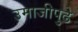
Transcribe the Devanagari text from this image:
उमाजीपुढे